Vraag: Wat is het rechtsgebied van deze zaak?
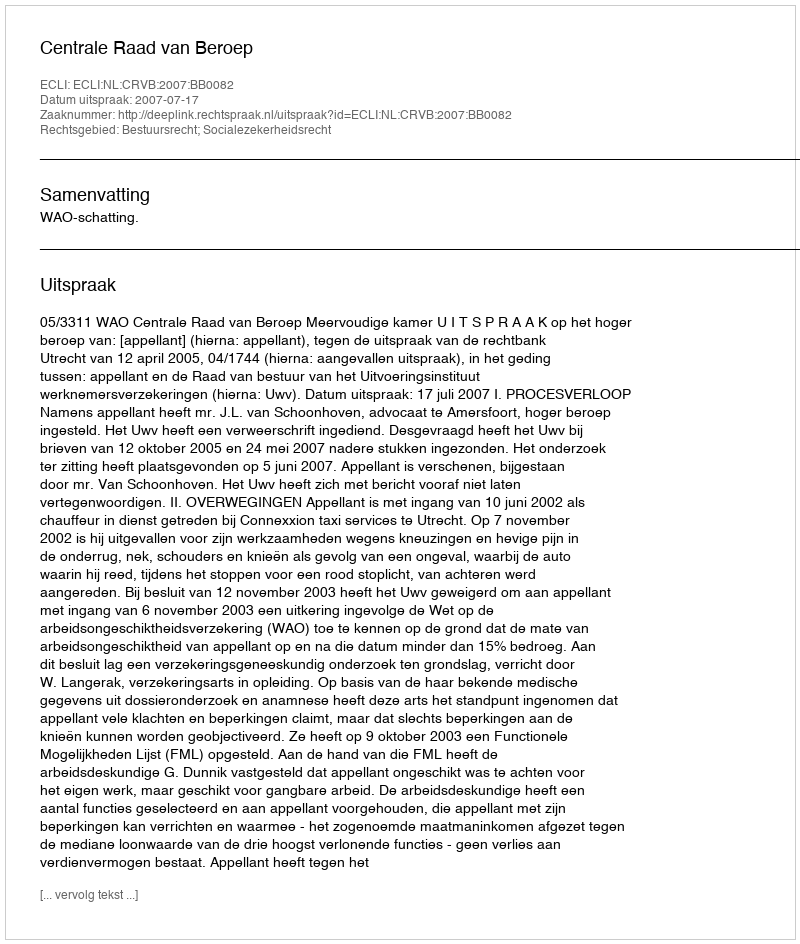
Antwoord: Bestuursrecht; Socialezekerheidsrecht